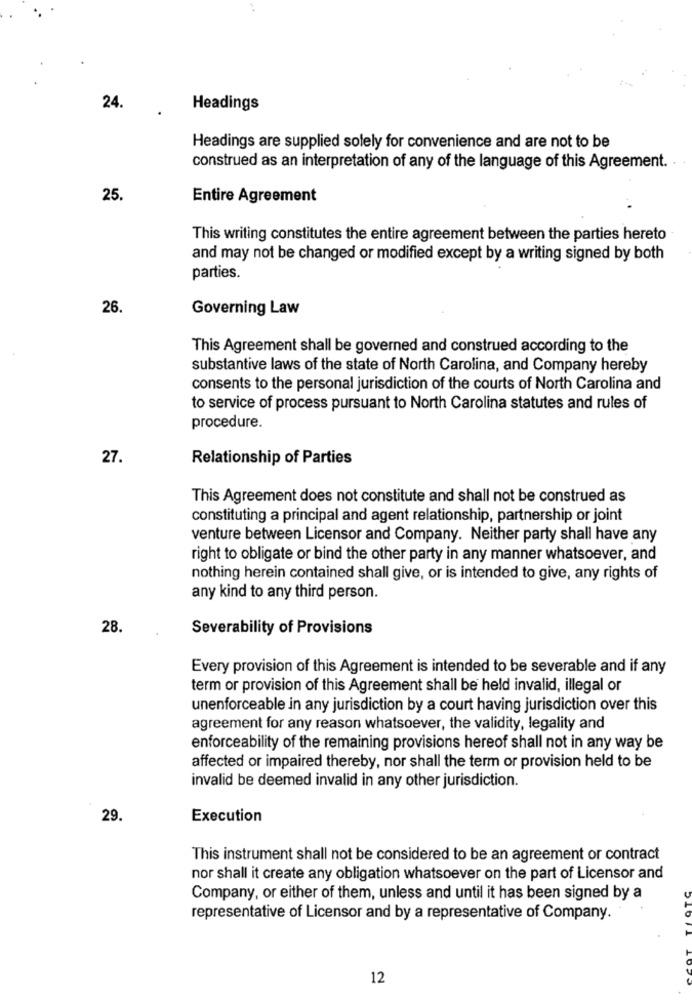
24.
Headings
Headings are supplied solely for convenience and are not to be
construed as an interpretation of any of the language of this Agreement. .
25.
Entire Agreement
This writing constitutes the entire agreement between the parties hereto
and may not be changed or modified except by a writing signed by both
parties.
26.
Governing Law
This Agreement shall be governed and construed according to the
substantive laws of the state of North Carolina, and Company hereby
consents to the personal jurisdiction of the courts of North Carolina and
to service of process pursuant to North Carolina statutes and rules of
procedure.
27.
Relationship of Parties
This Agreement does not constitute and shall not be construed as
constituting a principal and agent relationship, partnership or joint
venture between Licensor and Company. Neither party shall have any
right to obligate or bind the other party in any manner whatsoever, and
nothing herein contained shall give, or is intended to give, any rights of
any kind to any third person.
28
Severability of Provisions
Every provision of this Agreement is intended to be severable and if any
term or provision of this Agreement shall be held invalid, illegal or
unenforceable in any jurisdiction by a court having jurisdiction over this
agreement for any reason whatsoever, the validity, legality and
enforceability of the remaining provisions hereof shall not in any way be
affected or impaired thereby, nor shall the term or provision held to be
invalid be deemed invalid in any other jurisdiction.
29.
Execution
This instrument shall not be considered to be an agreement or contract
nor shall it create any obligation whatsoever on the part of Licensor and
Company, or either of them, unless and until it has been signed by a
representative of Licensor and by a representative of Company.
12